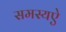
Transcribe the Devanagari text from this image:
समस्यऐ